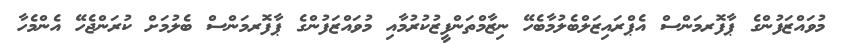
މުވައްޒަފުންގެ ޕާފޮރމަންސް އެޕްރައިޒަލްބެލުމާބެހޭ ނިޒާމްތަންފީޒުކުރުމާއި މުވައްޒަފުންގެ ޕާފޮރމަންސް ބެލުމަށް ކުރަންޖެހޭ އެންމެހާ